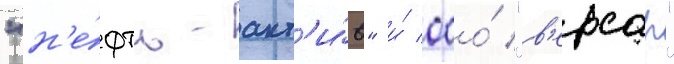
"н'е́фть-акт'и́в" и́ ооо́ "в'ерсар"